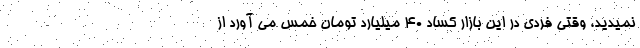
نمیدید، وقتی فردی در این بازار کساد 40 میلیارد تومان خمس می آورد از